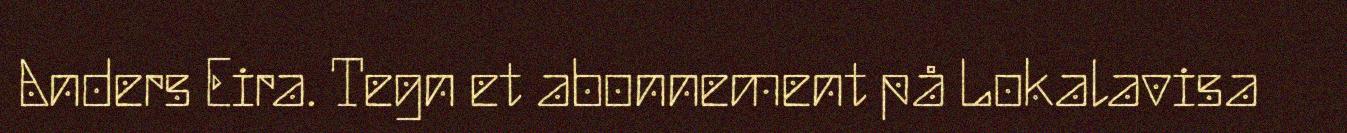
Anders Eira. Tegn et abonnement på Lokalavisa